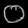
Digit: ၀